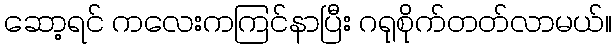
ဆော့ရင် ကလေးကကြင်နာပြီး ဂရုစိုက်တတ်လာမယ်။